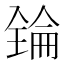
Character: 𠓻